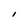
Character: I